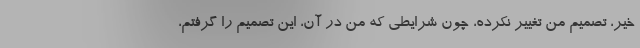
خیر، تصمیم من تغییر نکرده، چون شرایطی که من در آن، این تصمیم را گرفتم،